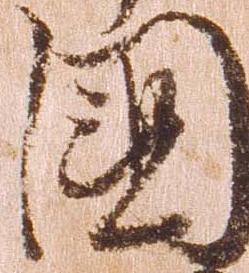
国